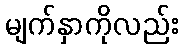
မျက်နှာကိုလည်း